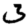
Digit: 3